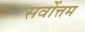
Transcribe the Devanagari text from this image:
सर्वाेत्तम